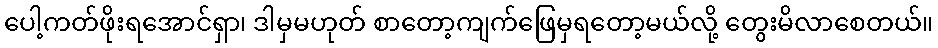
ပေါ့ကတ်ဖိုးရအောင်ရှာ၊ ဒါမှမဟုတ် စာတော့ကျက်ဖြေမှရတော့မယ်လို့ တွေးမိလာစေတယ်။